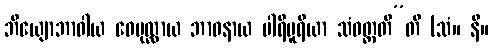
ဘိယျောဘာဝါယ ဝေပုလ္လာယ ဘာဝနာယ ပါရိပူရိယာ သံဝတ္တတီ”တိ (သံ။ နိ။